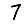
Digit: 7